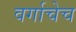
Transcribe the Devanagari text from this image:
वर्गाचेच